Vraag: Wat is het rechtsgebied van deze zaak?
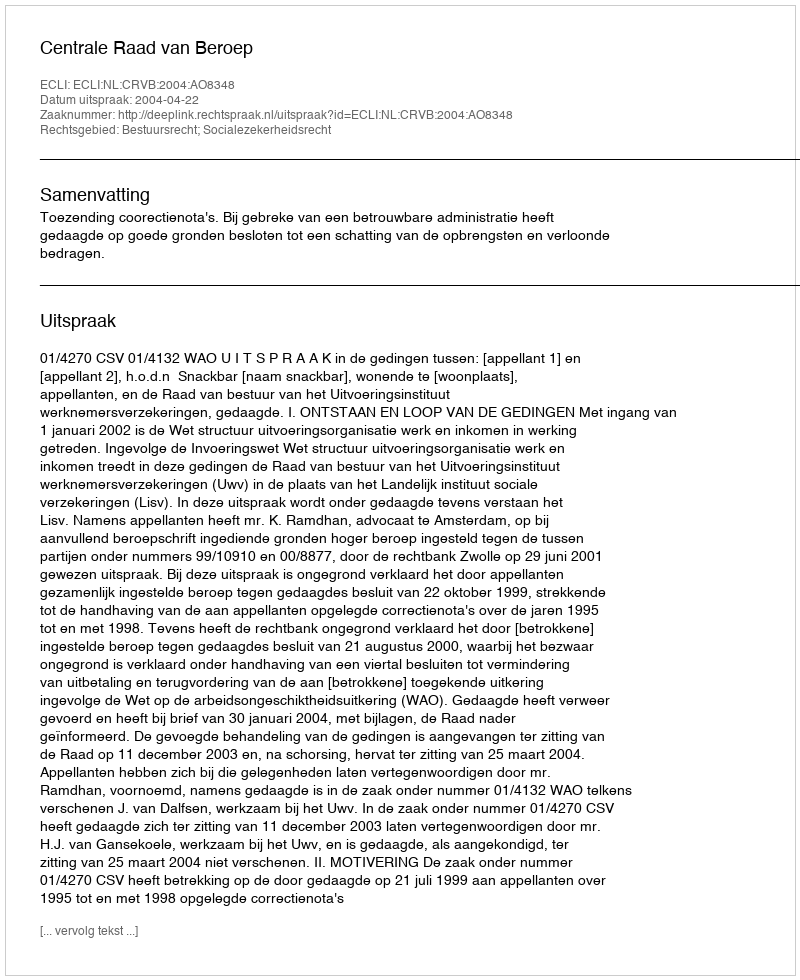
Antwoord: Bestuursrecht; Socialezekerheidsrecht